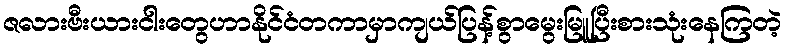
ဇလားဗီးယားငါးတွေဟာနိုင်ငံတကာမှာကျယ်ပြန့်စွာမွေးမြူပြီးစားသုံးနေကြတဲ့